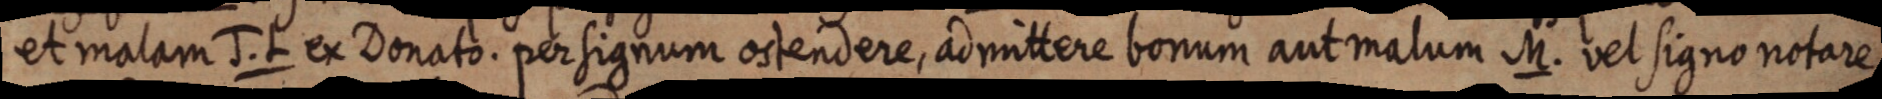
et malam J. L ex Donato. per signum ostendere, admittere bonum aut malum M. vel signo notare